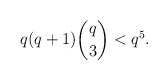
\begin{align*}q(q+1) \binom{q}{3} <q^5.\end{align*}